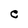
Character: e